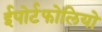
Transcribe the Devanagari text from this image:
ईपोर्टफोलियो